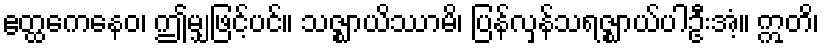
ဧတ္ထကေနေဝ၊ ဤမျှဖြင့်ပင်။ သဇ္ဈာယိဿာမိ၊ ပြန်လှန်သရဇ္ဈာယ်ပါဦးအံ့။ ဣတိ၊